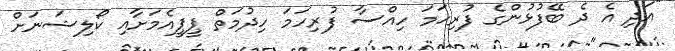
"އަދި އެ ދެ ބޭފުޅުންގެ ފުރިހަމަ ހިއްސާ ފުރިހަމަ ހިދުމަތް ޕީޕީއެމަށާއި ކޯލިޝަނަށް